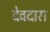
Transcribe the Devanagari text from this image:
देवदारा